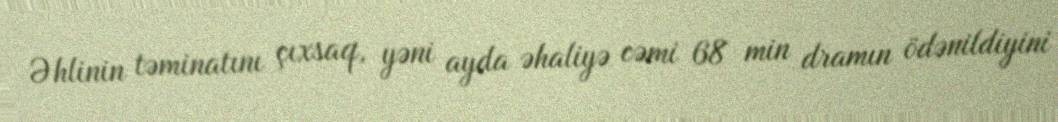
Əhlinin təminatını çıxsaq, yəni ayda əhaliyə cəmi 68 min dramın ödənildiyini